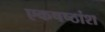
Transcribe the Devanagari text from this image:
एकषष्ठांश